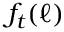
f _ { t } ( \ell )